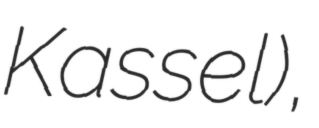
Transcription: Kassel),